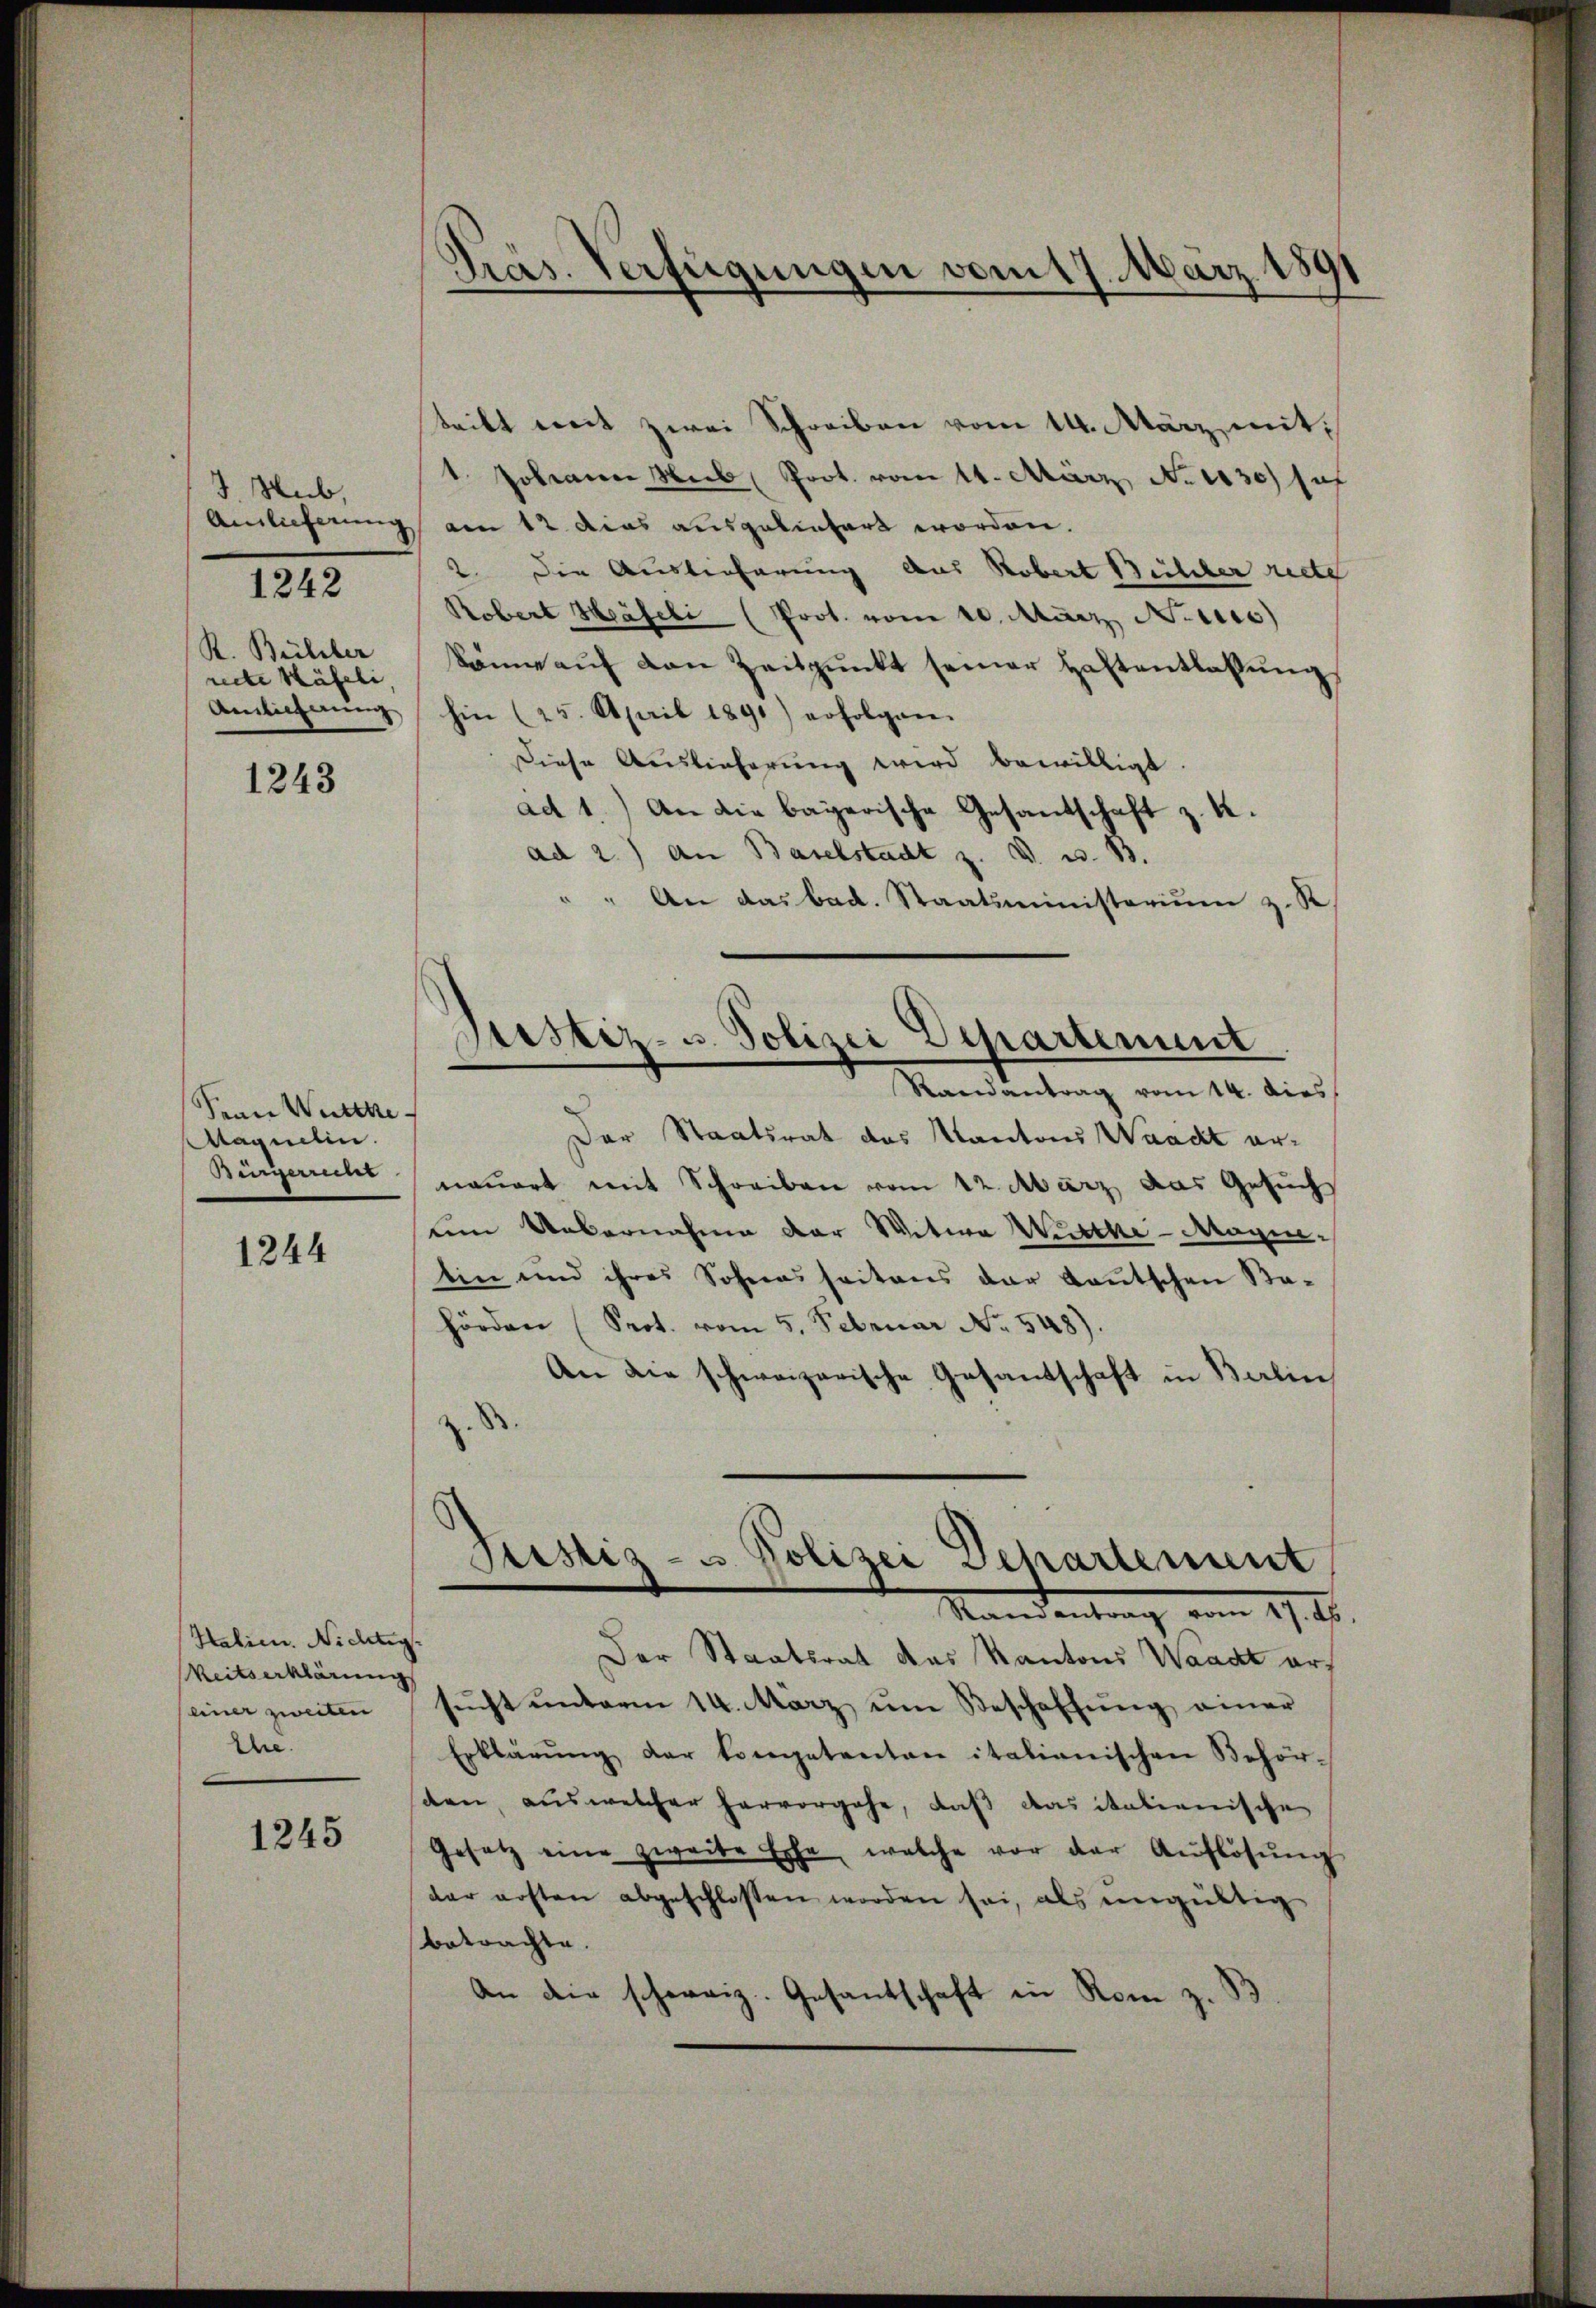
J. Hub,
K. Beilber
recte Häfeli
Amlicherung

1242

1243

Ferne Wurthe
Maquelin.
Bewerer

1244

Halien. Nidelig.
Reitserklärung
einer zweiten
Ehe.

1245

Präs. Verfügungen vom 17. März 1891

teilt mit zwei Schreiben vom 14. März mit
t Johann Hub Prot. vom 14. März No 1030) se
Anlieferung am 12 dies ausgeliefert worden.
2. Die Auslieferung aus Robert Bühler riete
Robert Häfeli (Prot. vom 10. März Nottes)
könne aŭf den Zeitpunkt seiner Haftentlassŭng
hin (25. April 1891) erfolgen.
Diese Auslieferung wird bewilligt.
ad 1.) An die bayerische Gesandschaft z. K.
ad 2.) an Baselstadt z. B. u. B.
" An das bad. Staatsministerium z. R
Randantrag vom 14. dies
Der Staatsrat des Kantons Waadt ernauert mit Schreiben vom 12. März das Gesuch
um Uebernahme der Witwe Wurthe-Magitin und ihres Sohnes seitens der Kautschen Sa-
hörden (Sept. vom 5. Februar No. 548).
An die schweizerische Gesantschaft in Berlin
Justiz- u Polizei Departement
Standentrag vom 17. M.
Der Staatsrat das Kantons Waadt ers
sŭcht ŭnterm 14. März eine Beschaffŭng einer
Erklärŭng der kompetenten italianischen Behör-
sden, aus welcher hervorgehe, daß das italienische
Gesetz eine zweite Ehe, welche vor der Auflösung
dar ersten abgeschlossen worden sei, als eingültig
betrachte.
An die schweiz. Gesantschaft in Rom z. B

)
sistiz- u. Polizei Departement